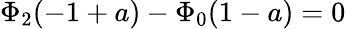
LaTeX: \begin{array}{r}{\Phi_{2}(-1+a)-\Phi_{0}(1-a)=0}\end{array}